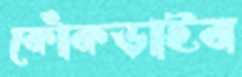
কোঁকড়াইব